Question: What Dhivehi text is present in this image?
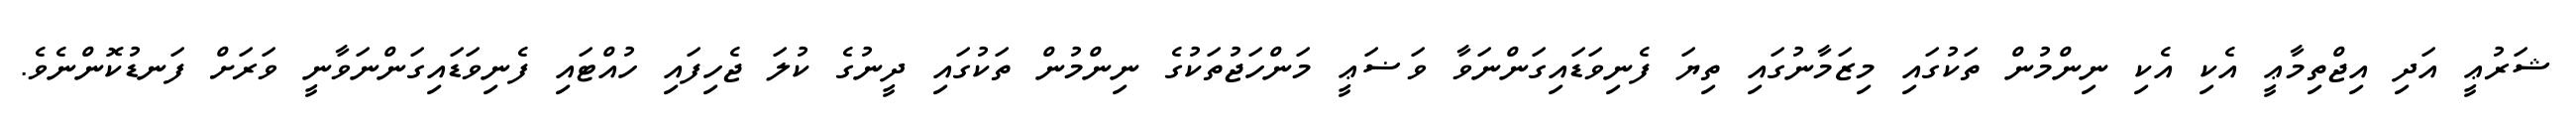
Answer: ޝަރުޢީ އަދި އިޖްތިމާޢީ އެކި އެކި ނިންމުން ތަކުގައި މިޒަމާނުގައި ތިޔަ ފެނިވަޑައިގަންނަވާ ވަޟަޢީ މަންހަޖުތަކުގެ ނިންމުން ތަކުގައި ދީނުގެ ކުލަ ޖެހިފައި ހުއްޓައި ފެނިވަޑައިގަންނަވާނީ ވަރަށް ފަނޑުކޮންނެވެ.